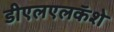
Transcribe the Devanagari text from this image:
डीएलएलकॅशे